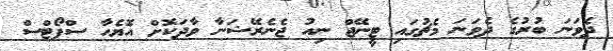
ދެވަނަ ބުރުގެ ދެވަނަ މެޗުގައި ޓީނޭޖް ނިއު ޖެނެރޭޝަނާ ވާދަކޮށް އެޮޔެހާ ސްޕޯޓްސް